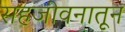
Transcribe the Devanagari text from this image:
सहजीवनातून